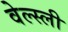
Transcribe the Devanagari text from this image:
वेल्स्ली